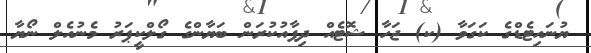
ޔުނައިޓެޑްގެ ކަގަވާ (ކ) ޖަހާ ޝޮޓެއް ދިފާއުކުރަން ބަޔާންގެ ގޯލްކީޕަރު މެނުއެލް ނޯޔާ